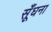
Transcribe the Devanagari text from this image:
सूँघना